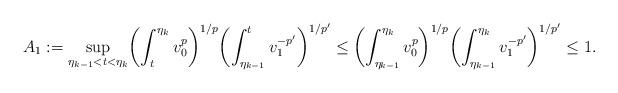
LaTeX: \begin{align*}A_{1}:=\sup_{\eta_{k-1}<t<\eta_k}\biggl(\int_t^{\eta_k} v_0^{p}\biggr)^{1/p}\biggl(\int_{\eta_{k-1}}^t v_1^{-p'}\biggr)^{1/p'}\le\biggl(\int_{\eta_{k-1}}^{\eta_k} v_0^{p}\biggr)^{1/p}\biggl(\int_{\eta_{k-1}}^{\eta_{k}} v_1^{-p'}\biggr)^{1/p'}\le 1.\end{align*}